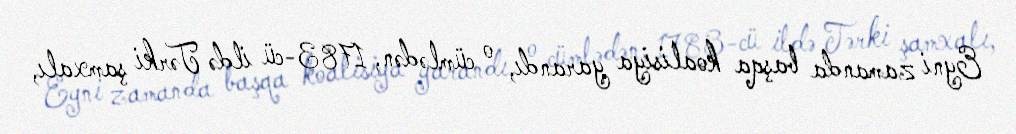
Eyni zamanda başqa koalisiya yarandı, o cümlədən, 1783-cü ildə Tərki şamxalı,